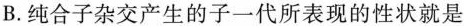
B.纯合子杂交产生的子一代所表现的性状就是